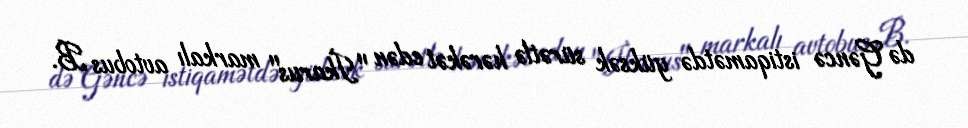
də Gəncə istiqamətdə yüksək sürətlə hərəkət edən "İkarus" markalı avtobus B.